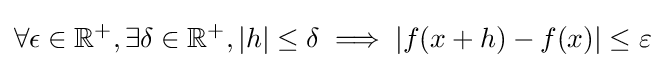
\forall \epsilon \in \mathbb {R} ^{+},\exists \delta \in \mathbb {R} ^{+},|h|\leq \delta \implies |f(x+h)-f(x)|\leq \varepsilon